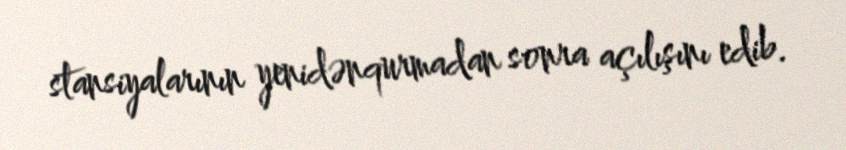
stansiyalarının yenidənqurmadan sonra açılışını edib.